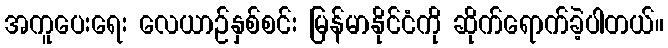
အကူပေးရေး လေယာဉ်နှစ်စင်း မြန်မာနိုင်ငံကို ဆိုက်ရောက်ခဲ့ပါတယ်။